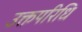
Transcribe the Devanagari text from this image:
उक्तपरिधि